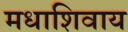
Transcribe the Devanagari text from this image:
मधाशिवाय